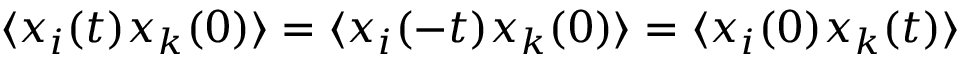
\langle x _ { i } ( t ) x _ { k } ( 0 ) \rangle = \langle x _ { i } ( - t ) x _ { k } ( 0 ) \rangle = \langle x _ { i } ( 0 ) x _ { k } ( t ) \rangle